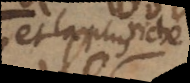
est la plus riche